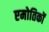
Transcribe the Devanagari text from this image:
एमोतिकों